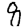
Digit: 8